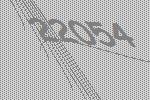
22054